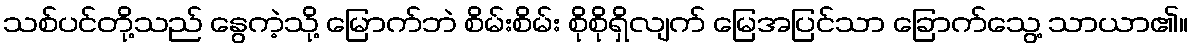
သစ်ပင်တို့သည် နွေကဲ့သို့ မြောက်ဘဲ စိမ်းစိမ်း စိုစိုရှိလျက် မြေအပြင်သာ ခြောက်သွေ့ သာယာ၏။